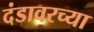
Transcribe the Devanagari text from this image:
दंडावरच्या